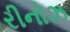
રીનોઝ